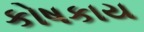
કોષકાય